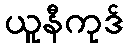
ယူနီကုဒ်